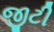
જીટી